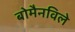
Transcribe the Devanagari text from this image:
बोमैनविले